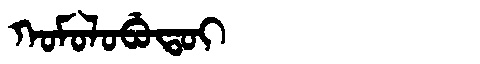
Manchu: ᡴᠣᠮᠣᠯᠣᠪᡠᡨᠣᡳ
Romanization: KOMOLOBUTOI